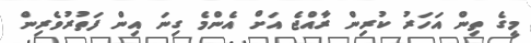
މީގެ ތިން އަހަރު ކުރިން ރާއްޖެ އަށް އެންމެ ގިނަ އިން ފަތުރުވެރިން